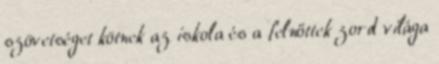
szövetséget kötnek az iskola és a felnőttek zord világa